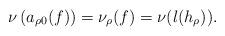
LaTeX: \begin{align*}\nu\left(a_{\rho 0}(f)\right)=\nu_\rho(f)=\nu(l(h_\rho)).\end{align*}